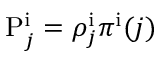
\mathrm { P } _ { j } ^ { \mathrm i } = \rho _ { j } ^ { \mathrm i } \pi ^ { \mathrm i } ( j )